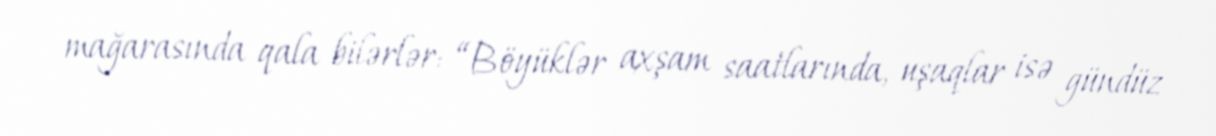
mağarasında qala bilərlər: “Böyüklər axşam saatlarında, uşaqlar isə gündüz